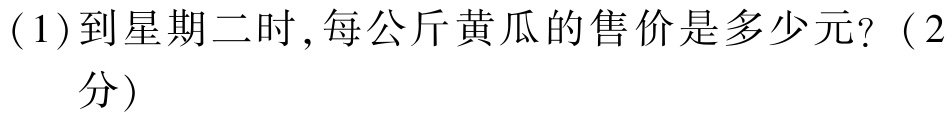
(1)到星期二时,每公斤黄瓜的售价是多少元?（2分）